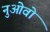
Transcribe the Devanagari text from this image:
नुओवो